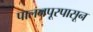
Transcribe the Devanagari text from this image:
पालनपूरपासून